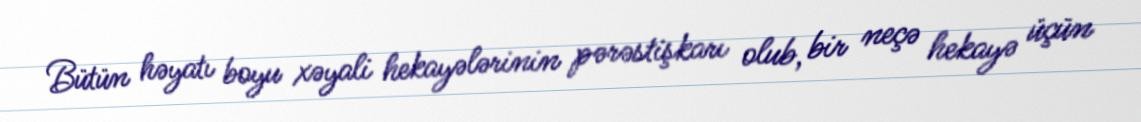
Bütün həyatı boyu xəyali hekayələrinin pərəstişkarı olub, bir neçə hekayə üçün